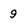
Character: 9